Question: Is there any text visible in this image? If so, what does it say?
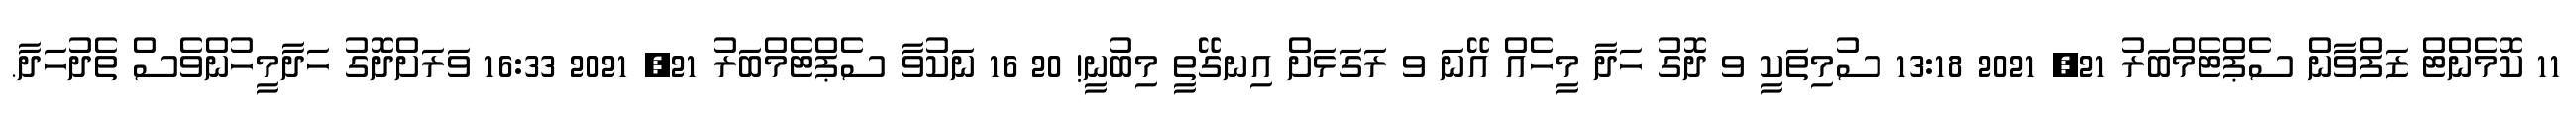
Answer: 11 ކޮމެންޓް ޒަފްވާން ސެޕްޓެމްބަރު 21, 2021 13:18 ސުމިތަކީ ވ ދޮގު ހަދާ މީހެއް އޭނަ ވ ރަގަޅަށް އިނގޭތީ މިބުނީ! 20 16 ނަކުވާ ސެޕްޓެމްބަރު 21, 2021 16:33 ވަރަށްދޮގު ހަދާމީހުންވެސް ތެދުހަދާ.